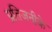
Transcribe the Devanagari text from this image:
प्रतिजनीके